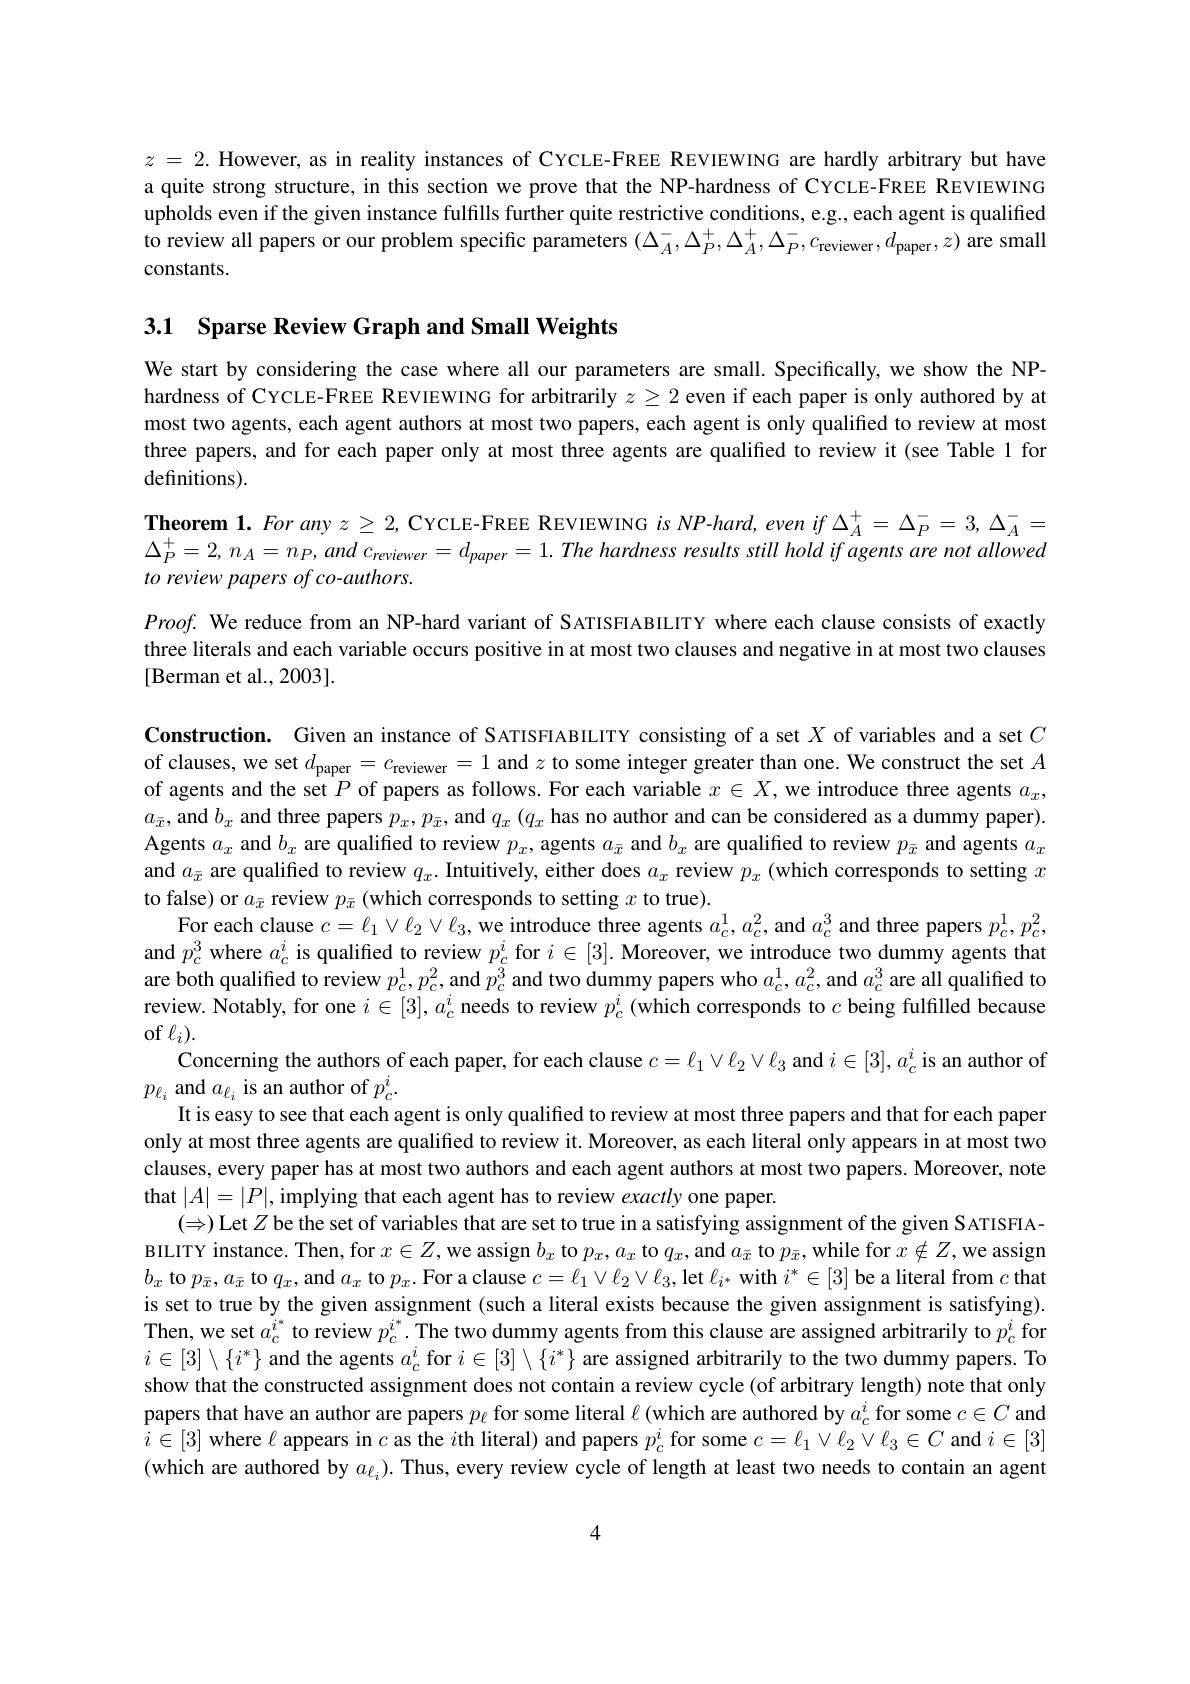
$z=2.$ However, as in reality instances of CYCLE-FREE REVIEWING are hardly arbitrary but have a quite strong structure, in this section we prove that the NP-hardness of CYCLE-FREE REVIEWING upholds even if the given instance fulfills further quite restrictive conditions, e.g., each agent is qualified to review all papers or our problem specific parameters $(\Delta_A^-,\Delta_P^+,\Delta_A^+,\Delta_P^-,c_{\text{reviewer}},d_{\text{paper}},z)$ are small constants.

3.1 Sparse Review Graph and Small Weights

We start by considering the case where all our parameters are small. Specifically, we show the NPhardness of CYCLE-FREE REVIEWING for arbitrarily $z\geq2$ even if each paper is only authored by at most two agents, each agent authors at most two papers, each agent is only qualified to review at most three papers, and for each paper only at most three agents are qualified to review it (see Table 1 for definitions).

Theorem $1.Foranyz\geq2$, CYCLE-FREE REVIEWING $isNP-hard,evenif\Delta_A^+=\Delta_P^-=3,\Delta_A^-=$ $\Delta _{P}^{+ }= 2, n_{A}= n_{P}, and$ $c_{reviewer}= d_{paper}= 1. The$ hardness results still hold $if$ agents are not allowed to review papers of co-authors.

$Proof.$ We reduce from an NP-hard variant of SATISFIABILITY where each clause consists of exactly three literals and each variable occurs positive in at most two clauses and negative in at most two clauses [Berman et al., 2003].

Construction. Given an instance of SATISFIABILITY consisting of a set $X$ of variables and a set $C$ of clauses, we set $d_\mathrm{paper}=c_\mathrm{reviewer}=1$ and $z$ to some integer greater than one. We construct the set $A$ of agents and the set $P$ of papers as follows. For each variable $x\in X$, we introduce three agents $a_x$, $a_{\bar{x}}$, and $b_x$ and three papers $p_x,p_{\bar{x}}$, and $q_x\left(q_x\text{ has no author and can be considered as a dummy paper).}),(q_{\bar{x}},\ldots,q_{\bar{x}},\ldots,q_{\bar{x}},\ldots,q_{\bar{x}},\ldots,q_{\bar{x}},\ldots,q_{\bar{x}},\ldots,q_{\bar{x}},\ldots,q_{\bar{x}},\ldots,q_{\bar{x}}(q_x\text{ has no author and can be$ Agents $a_x$ and $b_x$ are qualified to review $p_x$, agents $a_\bar{x}$ and $b_x$ are qualified to review $p_\bar{x}$ and agents $a_x$ and $a_{\bar{x}}$ are qualified to review $q_x.$ Intuitively, either does $a_x$ review $p_x$ (which corresponds to setting $x$ to false) or $a_{\bar{x}}$ review $p_{\bar{x}}$ (which corresponds to setting $x$ to true).
$\mathbf{For~each~clause~}c= \ell _{1}\vee \ell _{2}\vee \ell _{3}, \bar {\text{we introduce three agents }a_{c}^{1}}, a_{c}^{2}$,and $a_c^{3}$ and three papers $p_{c}^{1},p_{c}^{2}$, and $p_c^3$ where $a_c^i$ is qualified to review $p_c^i$ for $i\in[3].$ Moreover, we introduce two dummy agents that are both qualified to review $p_c^1,p_c^2$, and $p_c^3$ and two dummy papers who $a_c^1,a_c^2$, and $a_c^3$ are all qualified to review. Notably, for one $i\in[3],a_c^i$ needs to review $p_c^i$ (which corresponds to $c$ being fulfilled because of $\ell_i).$
Concerning the authors of each paper, for each clause $c=\ell_1\vee\ell_2\vee\ell_3$ and $i\in[3],a_c^i$ is an author of
$p_{\ell_i}$ and $a_\ell_i$ is an author of $p_c^i.$
It is easy to see that each agent is only qualified to review at most three papers and that for each paper only at most three agents are qualified to review it. Moreover, as each literal only appears in at most two clauses, every paper has at most two authors and each agent authors at most two papers. Moreover, note that $|A|=|P|$, implying that each agent has to review exactly one paper.
$(\Rightarrow)$Let $Z$ be the set of variables that are set to true in a satisfying assignment of the given S ATISFIABILITY instance. Then, for $x\in Z$,we assign $b_x$ to $p_x,a_x$ to $q_x$,and $a_\bar{x}$ to $p_\bar{x}$,while for $x\notin Z$,we assign $b_x$ to $p_\bar{x},a_\bar{x}$ to $q_x$,and $a_x$ to $p_x.$ For a clause $c=\ell_1\vee\ell_2\vee\ell_3$, let $\ell_i^*$ with $i^*\in[3]$ be a literal from $c$ that is set to true by the given assignment (such a literal exists because the given assignment is satisfying). Then, we set $a_c^{i^*}$ to review $p_c^{i^*}.$ The two dummy agents from this clause are assigned arbitrarily to $p_c^i$ for $i\in[3]\setminus\{i^*\}$ and the agents $a_c^i$ for $i\in[3]\setminus\{i^*\}$ are assigned arbitrarily to the two dummy papers. To show that the constructed assignment does not contain a review cycle (of arbitrary length) note that only papers that have an author are papers $p_\ell$ for some literal $\ell($which are authored by $a_c^i$ for some $c\in C$ and $i\in[3]$ where $\ell$ appears in $c$ as the $i$th literal) and papers $p_c^i$ for some $c=\ell_1\vee\ell_2\vee\ell_3\in C$ and $i\in[3]$ (which are authored by $a_\ell_i).$ Thus, every review cycle of length at least two needs to contain an agent

4